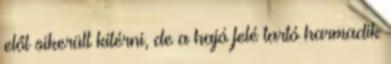
elől sikerült kitérni, de a hajó felé tartó harmadik